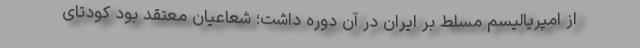
از امپریالیسم مسلط بر ایران در آن دوره داشت؛ شعاعیان معتقد بود كودتای